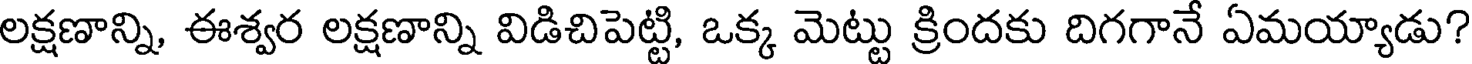
లక్షణాన్ని, ఈశ్వర లక్షణాన్ని విడిచిపెట్టి, ఒక్క మెట్టు క్రిందకు దిగగానే ఏమయ్యాడు?